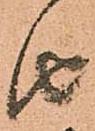
由